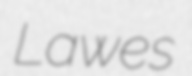
Lawes